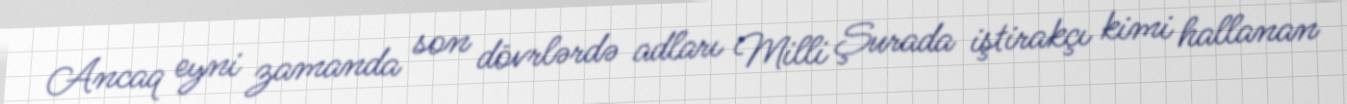
Ancaq eyni zamanda son dövrlərdə adları Milli Şurada iştirakçı kimi hallanan